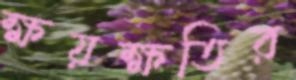
ক্ষয়ক্ষতির